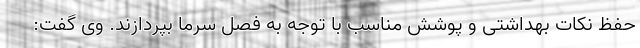
حفظ نکات بهداشتی و پوشش مناسب با توجه به فصل سرما بپردازند. وی گفت: